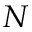
N